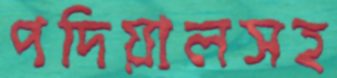
পদিয়ালসহ